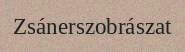
Zsánerszobrászat